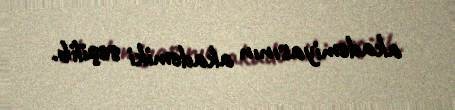
akademiyasının akademiki seçilib.